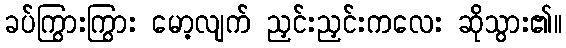
ခပ်ကြွားကြွား မော့လျက် ညှင်းညှင်းကလေး ဆိုသွား၏။